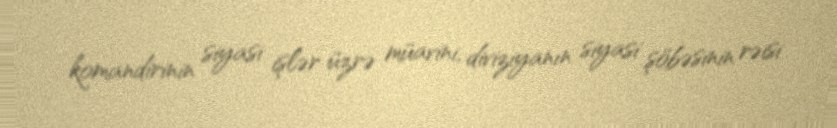
komandirinin siyasi işlər üzrə müavini, diviziyanın siyasi şöbəsinin rəisi